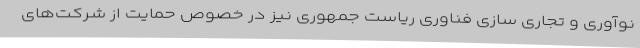
نوآوری و ‌تجاری سازی فناوری ریاست جمهوری نیز در خصوص حمایت از شرکت‌های